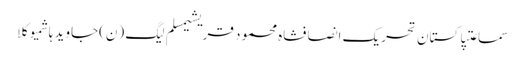
سماعتپاکستان تحریک انصافشاہ محمود قریشیمسلم لیگ (ن)جاوید ہاشمیوکلا